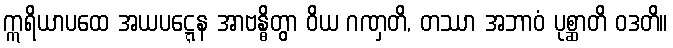
ဣရိယာပထေ အယပဋ္ဋေန အာဗန္ဓိတွာ ဝိယ ဂဏှတိ, တဿာ အဘာဝံ ပုစ္ဆာတိ ဝဒတိ။